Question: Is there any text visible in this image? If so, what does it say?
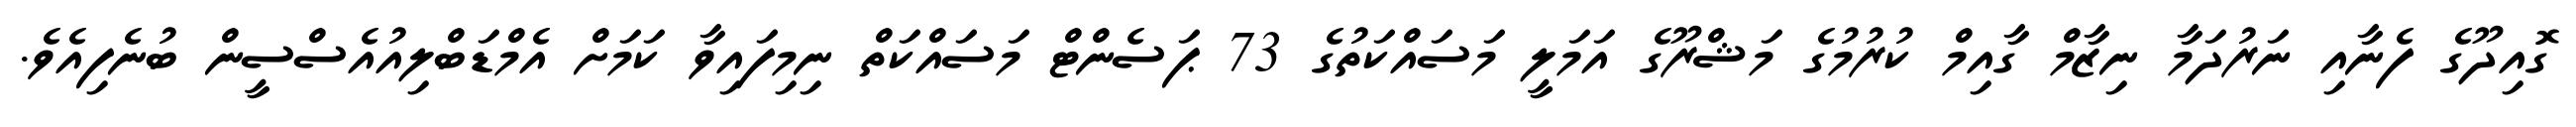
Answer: ގޮއިދޫގެ ފެނާއި ނަރުދަމާ ނިޒާމް ގާއިމް ކުރުމުގެ މަޝްރޫގެ އަމަލީ މަސައްކަތުގެ 73 ޕަސެންޓް މަސައްކަތް ނިމިފައިވާ ކަމަށް އެމްޑަބްލިއުއެސްސީން ބުނެފިއެވެ.